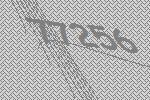
77256